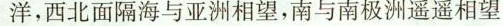
洋，西北面隔海与亚洲相望，南与南极洲遥遥相望